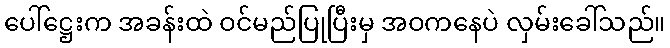
ပေါ်ဋ္ဌေးက အခန်းထဲ ဝင်မည်ပြုပြီးမှ အဝကနေပဲ လှမ်းခေါ်သည်။